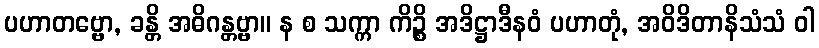
ပဟာတဗ္ဗော, ခန္တိ အဓိဂန္တဗ္ဗာ။ န စ သက္ကာ ကိဉ္စိ အဒိဋ္ဌာဒီနဝံ ပဟာတုံ, အဝိဒိတာနိသံသံ ဝါ